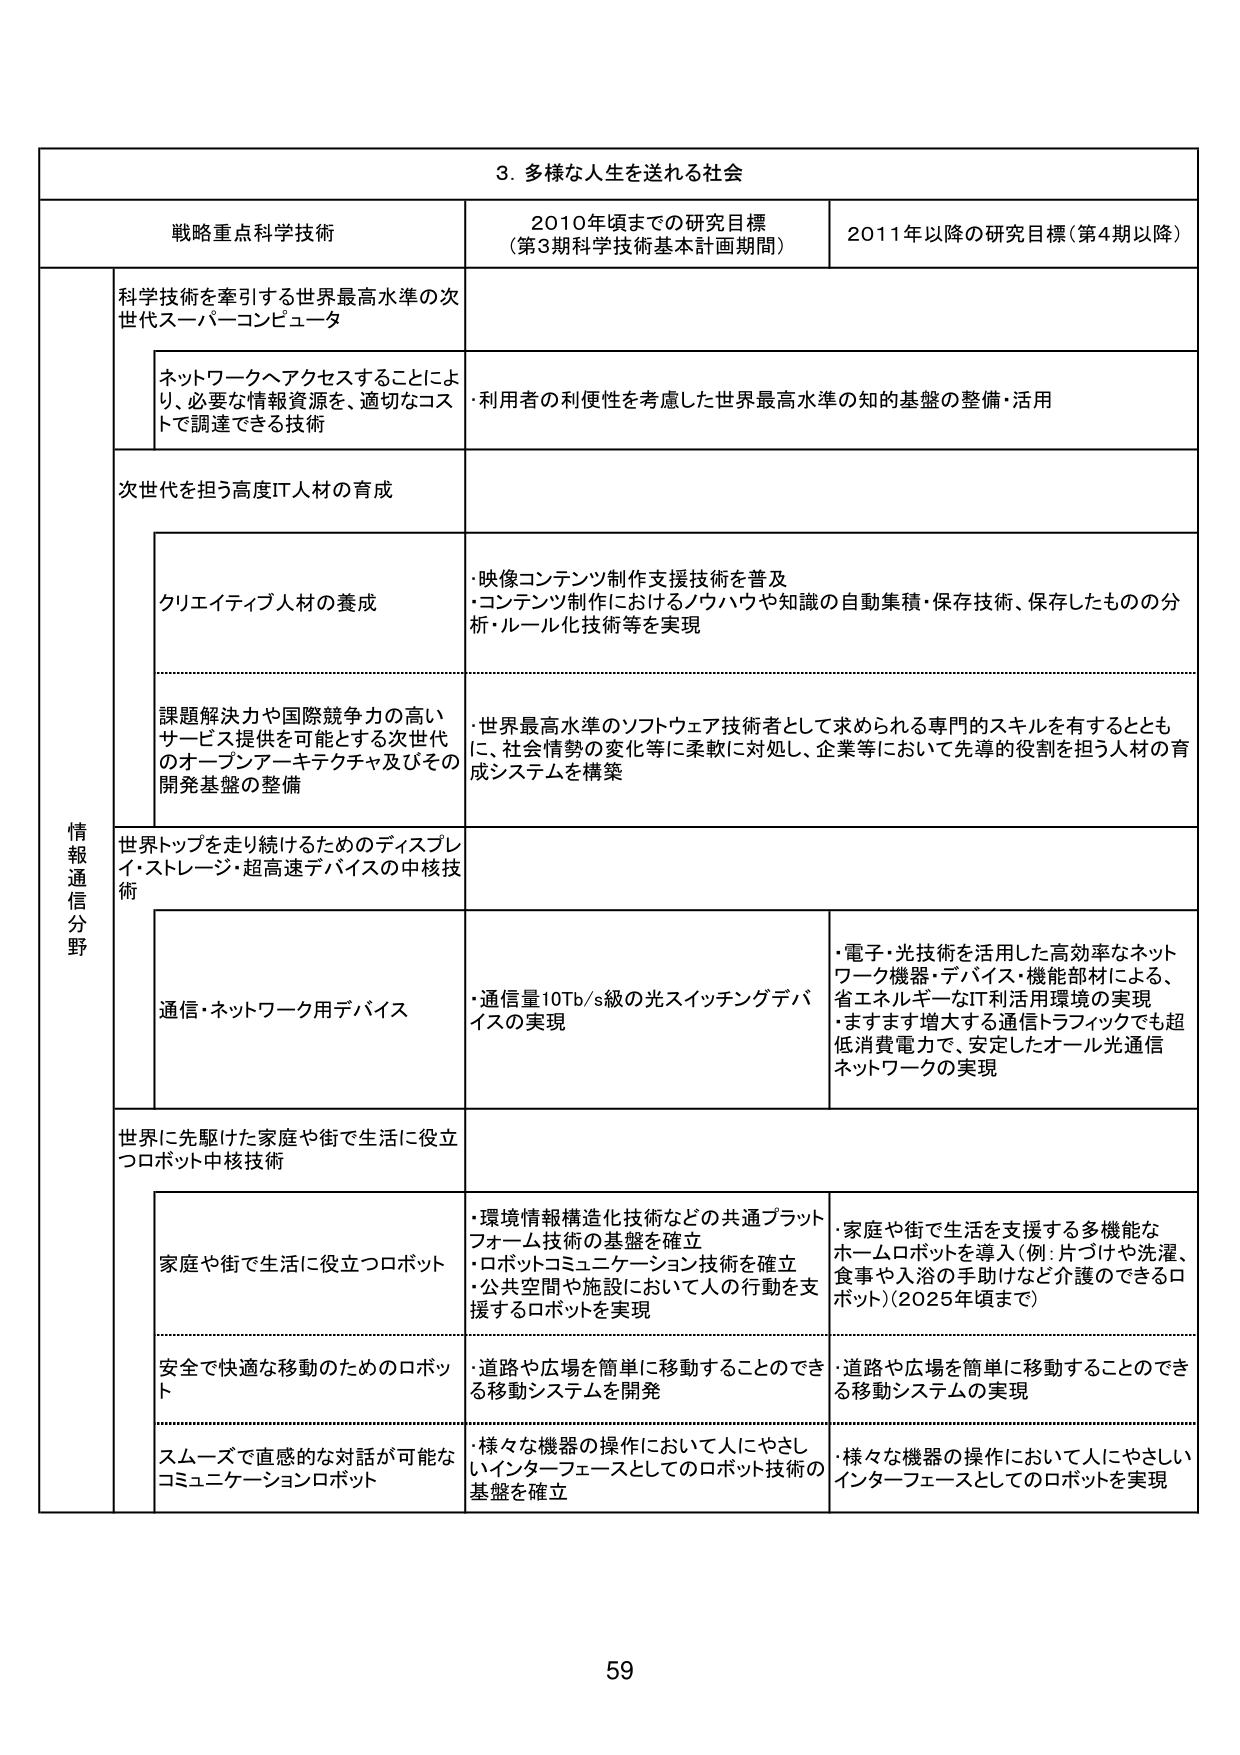
3. 多様な人生を送れる社会

戦略重点科学技術 2010年頃までの研究目標（第3期科学技術基本計画期間） 2011年以降の研究目標（第4期以降）

情報通信分野

科学技術を牽引する世界最高水準の次世代スーパーコンピュータ

ネットワークへアクセスすることにより、必要な情報資源を、適切なコストで調達できる技術

・利用者の利便性を考慮した世界最高水準の知的基盤の整備・活用

次世代を担う高度IT人材の育成

クリエイティブ人材の養成

・映像コンテンツ制作支援技術を普及
・コンテンツ制作におけるノウハウや知識の自動集積・保存技術、保存したもの分析・ルール化技術等を実現

課題解決力や国際競争力の高いサービス提供を可能とする次世代のオープンアーキテクチャ及びその開発基盤の整備

・世界最高水準のソフトウェア技術者として求められる専門的スキルを有するとともに、社会情勢の変化等に柔軟に対処し、企業等において先導的役割を担う人材の育成システムを構築

世界トップを走り続けるためのディスプレイ・ストレージ・超高速デバイスの中核技術

通信・ネットワーク用デバイス

・通信量10Tb/s級の光スイッチングデバイスの実現

・電子・光技術を活用した高効率なネットワーク機器・デバイス・機能部材による、省エネルギーなIT利用環境の実現
・ますます増大する通信トラフィックでも超低消費電力で、安定したオール光通信ネットワークの実現

世界に先駆けた家庭や街で生活に役立つロボット中核技術

家庭や街で生活に役立つロボット

・環境情報構造化技術などの共通プラットフォーム技術の基盤を確立
・ロボットコミュニケーション技術を確立
・公共空間や施設において人の行動を支援するロボットを実現

・家庭や街で生活を支援する多機能なホームロボットを導入（例：片づけや洗濯、食事や入浴の手助けなど介護のできるロボット）（2025年頃まで）

安全で快適な移動のためのロボット

・道路や広場を簡単に移動することのできる移動システムを開発

・道路や広場を簡単に移動することのできる移動システムの実現

スムーズで直感的な対話が可能なコミュニケーションロボット

・様々な機器の操作において人にやさしいインターフェースとしてのロボット技術の基盤を確立

・様々な機器の操作において人にやさしいインターフェースとしてのロボットを実現

59